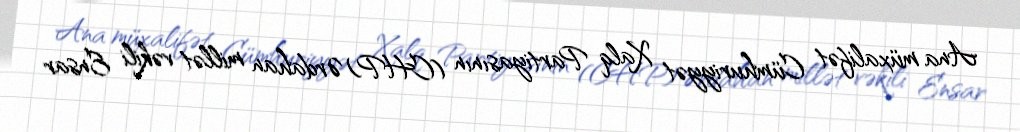
Ana müxalifət Cümhuriyyət Xalq Partiyasının (CHP) Ərdahan millət vəkili Ensar